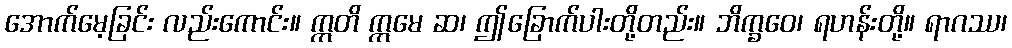
အောက်မေ့ခြင်း လည်းကောင်း။ ဣတိ ဣမေ ဆ၊ ဤခြောက်ပါးတို့တည်း။ ဘိက္ခဝေ၊ ရဟန်းတို့။ ရာဂဿ၊